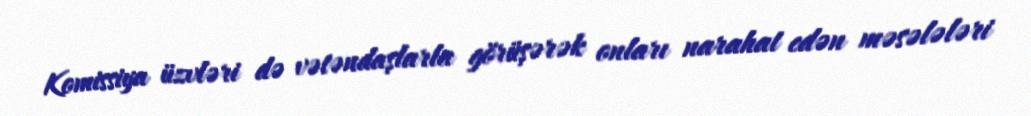
Komissiya üzvləri də vətəndaşlarla görüşərək onları narahat edən məsələləri